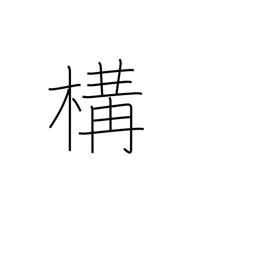
Meaning: posture